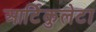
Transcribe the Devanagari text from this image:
आर्टिकुलेटा